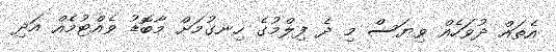
އެތައް ދުވަހެއް ވިޔަސް މި ދެ ފިލްމުގެ ހިނގުމަށް މާބޮޑު ވެއްޓުމެއް އަދި